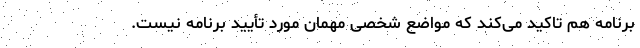
برنامه هم تاکید می‌کند که مواضع شخصی مهمان مورد تأیید برنامه نیست.